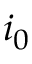
i _ { 0 }